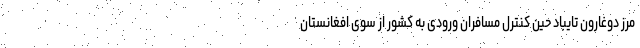
مرز دوغارون تایباد حین کنترل مسافران ورودی به کشور از سوی افغانستان